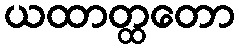
ယထာတ္ထတော